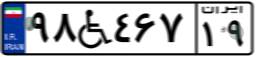
۹۸W۴۶۷۱۹